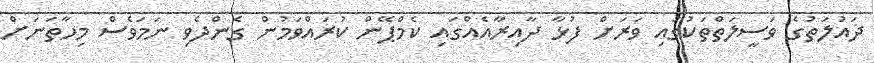
ދައުލަތުގެ ވަސީލަތްތަކުގައި ވަރަށް ފުޅާ ދާއިރާއެއްގައި ކެމްޕޭން ކުރައްވަމުން ގެންދެވި ނަމަވެސް މިހާތަނަށް